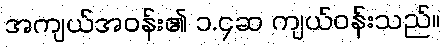
အကျယ်အဝန်း၏ ၁.၄ဆ ကျယ်ဝန်းသည်။